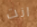
انت